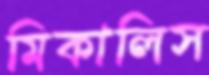
মিকালিস